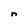
Character: n